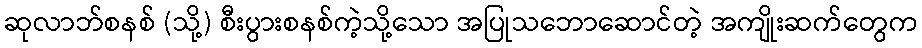
ဆုလာဘ်စနစ် (သို့) စီးပွားစနစ်ကဲ့သို့သော အပြုသဘောဆောင်တဲ့ အကျိုးဆက်တွေက